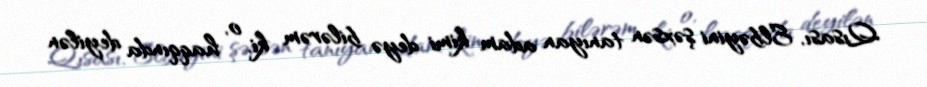
Qısası, Elbəyini şəxsən tanıyan adam kimi deyə bilərəm ki, o, haqqında deyilən